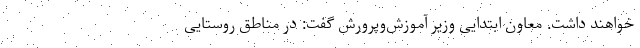
خواهند داشت. معاون ابتدایی وزیر آموزش‌وپرورش گفت: در مناطق روستایی